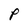
Character: P